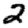
Digit: 2